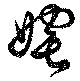
奼